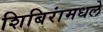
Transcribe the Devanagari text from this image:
शिबिरांमधले